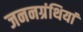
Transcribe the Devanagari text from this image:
जननग्रंथियां